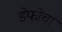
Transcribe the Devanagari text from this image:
डेफोचा